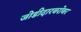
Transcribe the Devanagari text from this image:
जोडीदारबरोबर